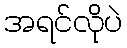
အရင်လိုပဲ